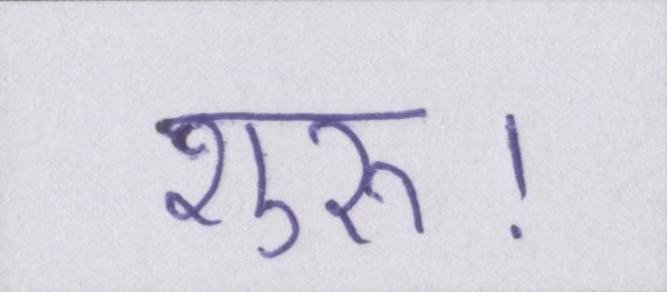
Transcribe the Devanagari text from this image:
शुरू।